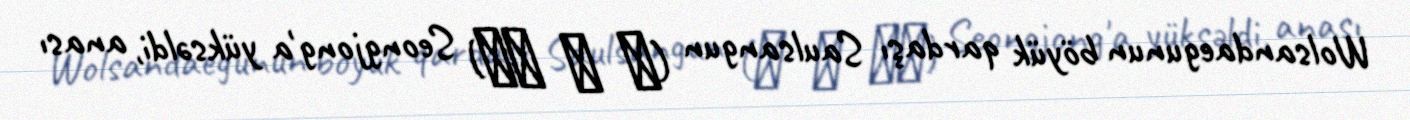
Wolsandaegunun böyük qardaşı Saulsangun (者 乙 山君) Seongjong'a yüksəldi, anası